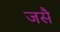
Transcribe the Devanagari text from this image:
जसै